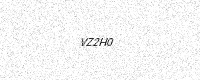
Text: VZ2H0